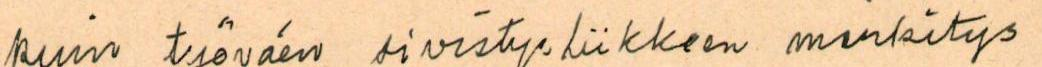
kuin työväen sivistysliikkeen merkitys